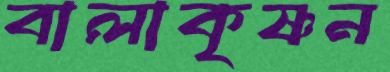
বালাকৃষ্ণন